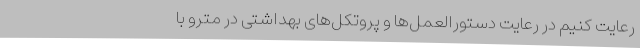
رعایت کنیم در رعایت دستورالعمل‌ها و پروتکل‌های بهداشتی در مترو با